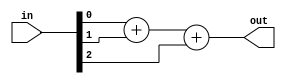
module top_module( 
    input [2:0] in,
    output [1:0] out );

    integer i;
	assign out = in[0]+in[1]+in[2];
    
endmodule